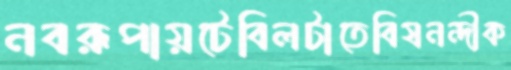
নবরূপায়টেবিলটাতেবিষনন্দীক